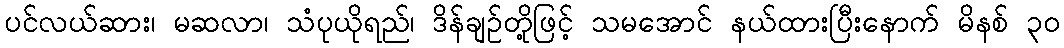
ပင်လယ်ဆား၊ မဆလာ၊ သံပုယိုရည်၊ ဒိန်ချဉ်တို့ဖြင့် သမအောင် နယ်ထားပြီးနောက် မိနစ် ၃၀